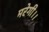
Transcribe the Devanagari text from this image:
मरेगी।।